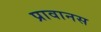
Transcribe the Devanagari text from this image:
प्रावानस